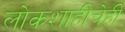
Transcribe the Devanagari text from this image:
लोकशाहीचेही